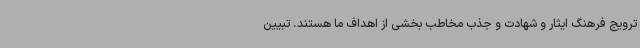
ترویج فرهنگ ایثار و شهادت و جذب مخاطب بخشی از اهداف ما هستند. تبیین